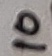
Text: 10